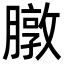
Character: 㬿